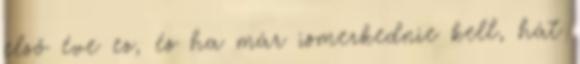
első éve ez, és ha már ismerkednie kell, hát